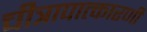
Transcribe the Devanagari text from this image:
चीत्रापात्कारणी